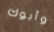
وأبوك